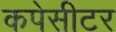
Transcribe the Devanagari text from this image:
कपेसीटर